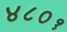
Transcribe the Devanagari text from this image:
४८०१